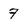
Character: 7